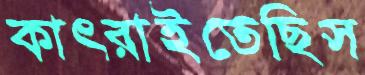
কাৎরাইতেছিস